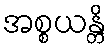
အစ္စယန္တိ